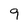
Character: 9